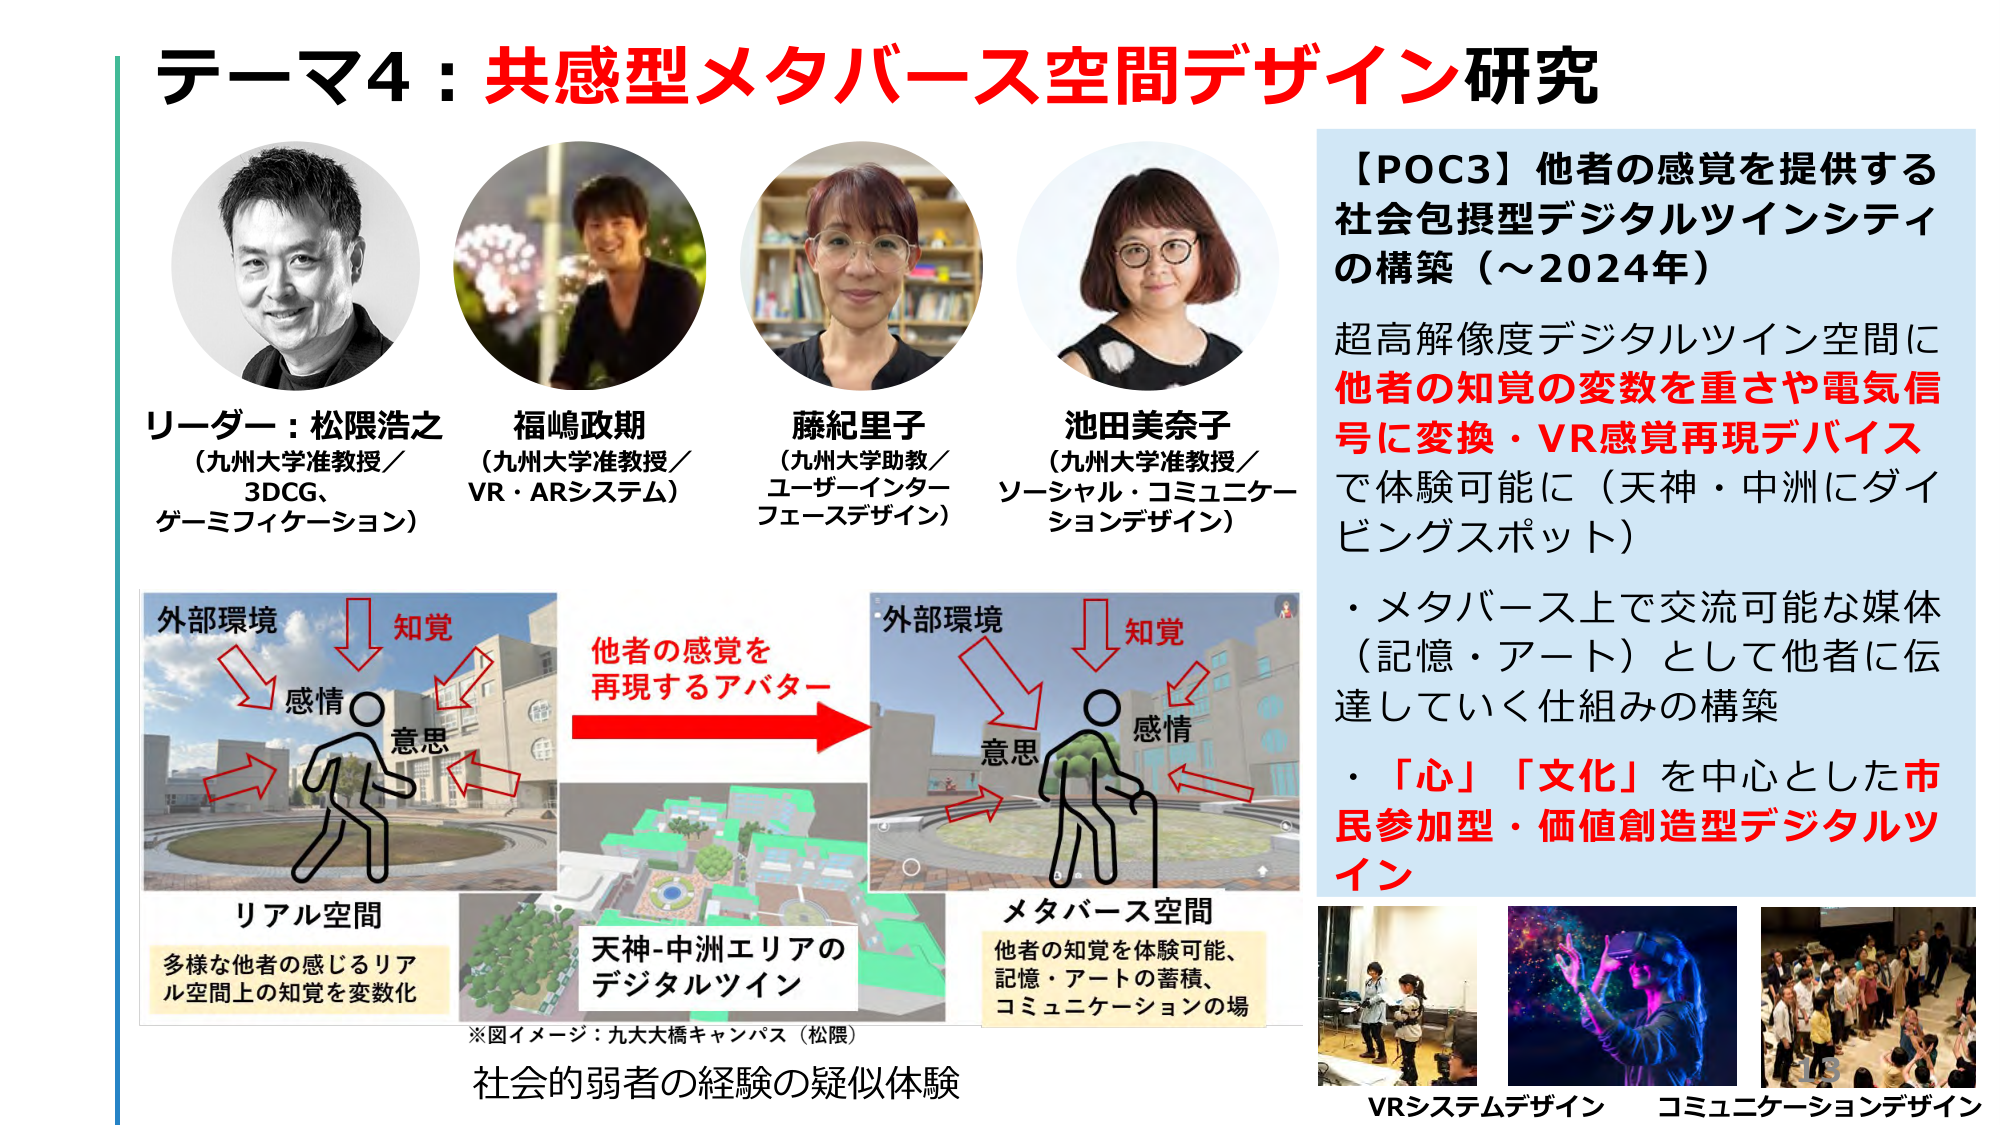
テーマ4：共感型メタバース空間デザイン研究

リーダー：松隈浩之
（九州大学准教授／3DCG、ゲーミフィケーション）

福嶋政期
（九州大学准教授／VR・ARシステム）

藤紀里子
（九州大学助教／ユーザーインターフェースデザイン）

池田美奈子
（九州大学准教授／ソーシャル・コミュニケーションデザイン）

【POC3】他者の感覚を提供する社会包摂型デジタルツインシティの構築（～2024年）
超高解像度デジタルツイン空間に他者の知覚の変数を重さや電気信号に変換・VR感覚再現デバイスで体験可能に（天神・中洲にダイビングスポット）
・メタバース上で交流可能な媒体（記憶・アート）として他者に伝達していく仕組みの構築
・「心」「文化」を中心とした市民参加型・価値創造型デジタルツイン

外部環境
知覚
感情
意思

リアル空間
多様な他者の感じるリアル空間上の知覚を変数化

他者の感覚を再現するアバター

天神-中洲エリアのデジタルツイン

外部環境
知覚
感情
意思

メタバース空間
他者の知覚を体験可能、記憶・アートの蓄積、コミュニケーションの場

※図イメージ：九大太橋キャンパス（松隈）
社会的弱者の経験の疑似体験

VRシステムデザイン
コミュニケーションデザイン